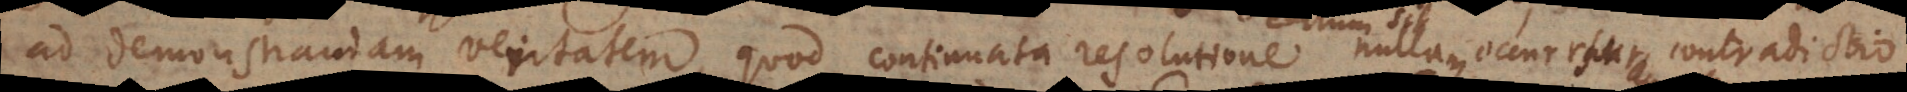
ad demonstrandam veritatem, quod continuata resolutione certum sit